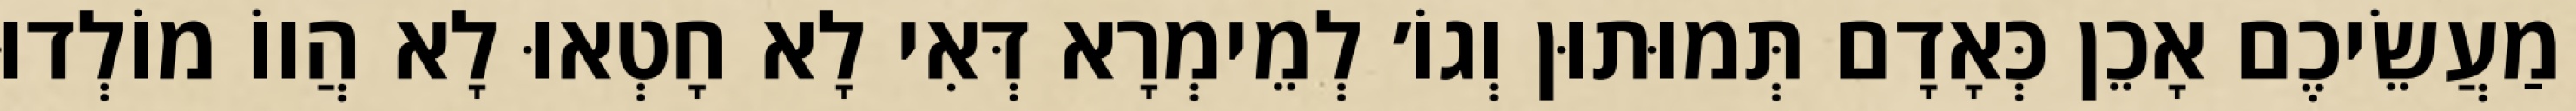
מַעֲשֵׂיכֶם אָכֵן כְּאָדָם תְּמוּתוּן וְגוֹ׳ לְמֵימְרָא דְּאִי לָא חָטְאוּ לָא הֲווֹ מוֹלְדוּ